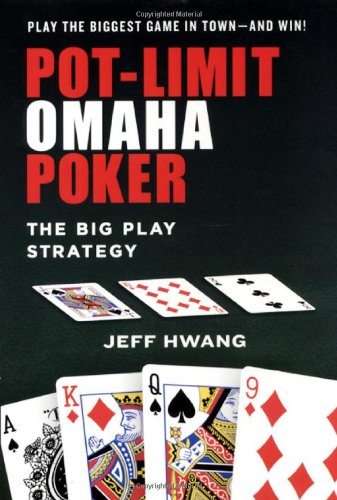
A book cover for Pot-Limit Omaha Poker; Jeff Hwang; Humor & Entertainment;